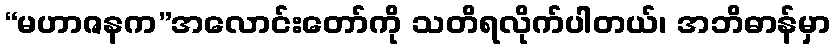
“မဟာဇနက”အလောင်းတော်ကို သတိရလိုက်ပါတယ်၊ အဘိဓာန်မှာ